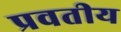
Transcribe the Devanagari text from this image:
प्रवतीय